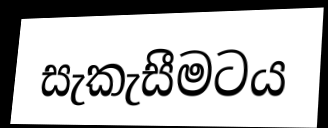
සැකැසීමටය